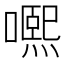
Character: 𡁱